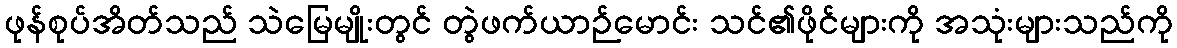
ဖုန်စုပ်အိတ်သည် သဲမြေမျိုးတွင် တွဲဖက်ယာဉ်မောင်း သင်၏ဖိုင်များကို အသုံးများသည်ကို